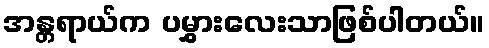
အန္တရာယ်က ပမွှားလေးသာဖြစ်ပါတယ်။